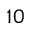
1 0